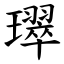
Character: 璻